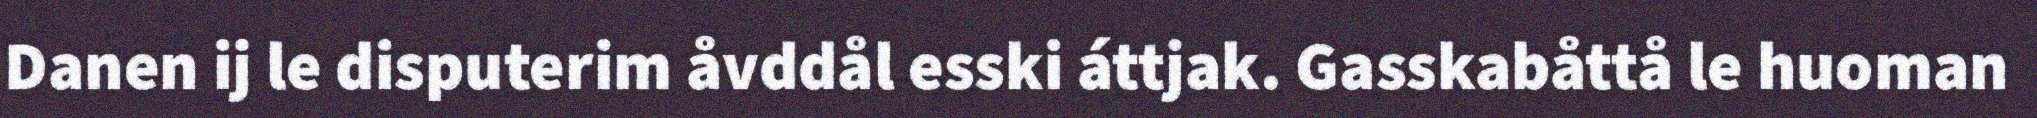
Danen ij le disputerim åvddål esski áttjak. Gasskabåttå le huoman